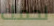
لحمك